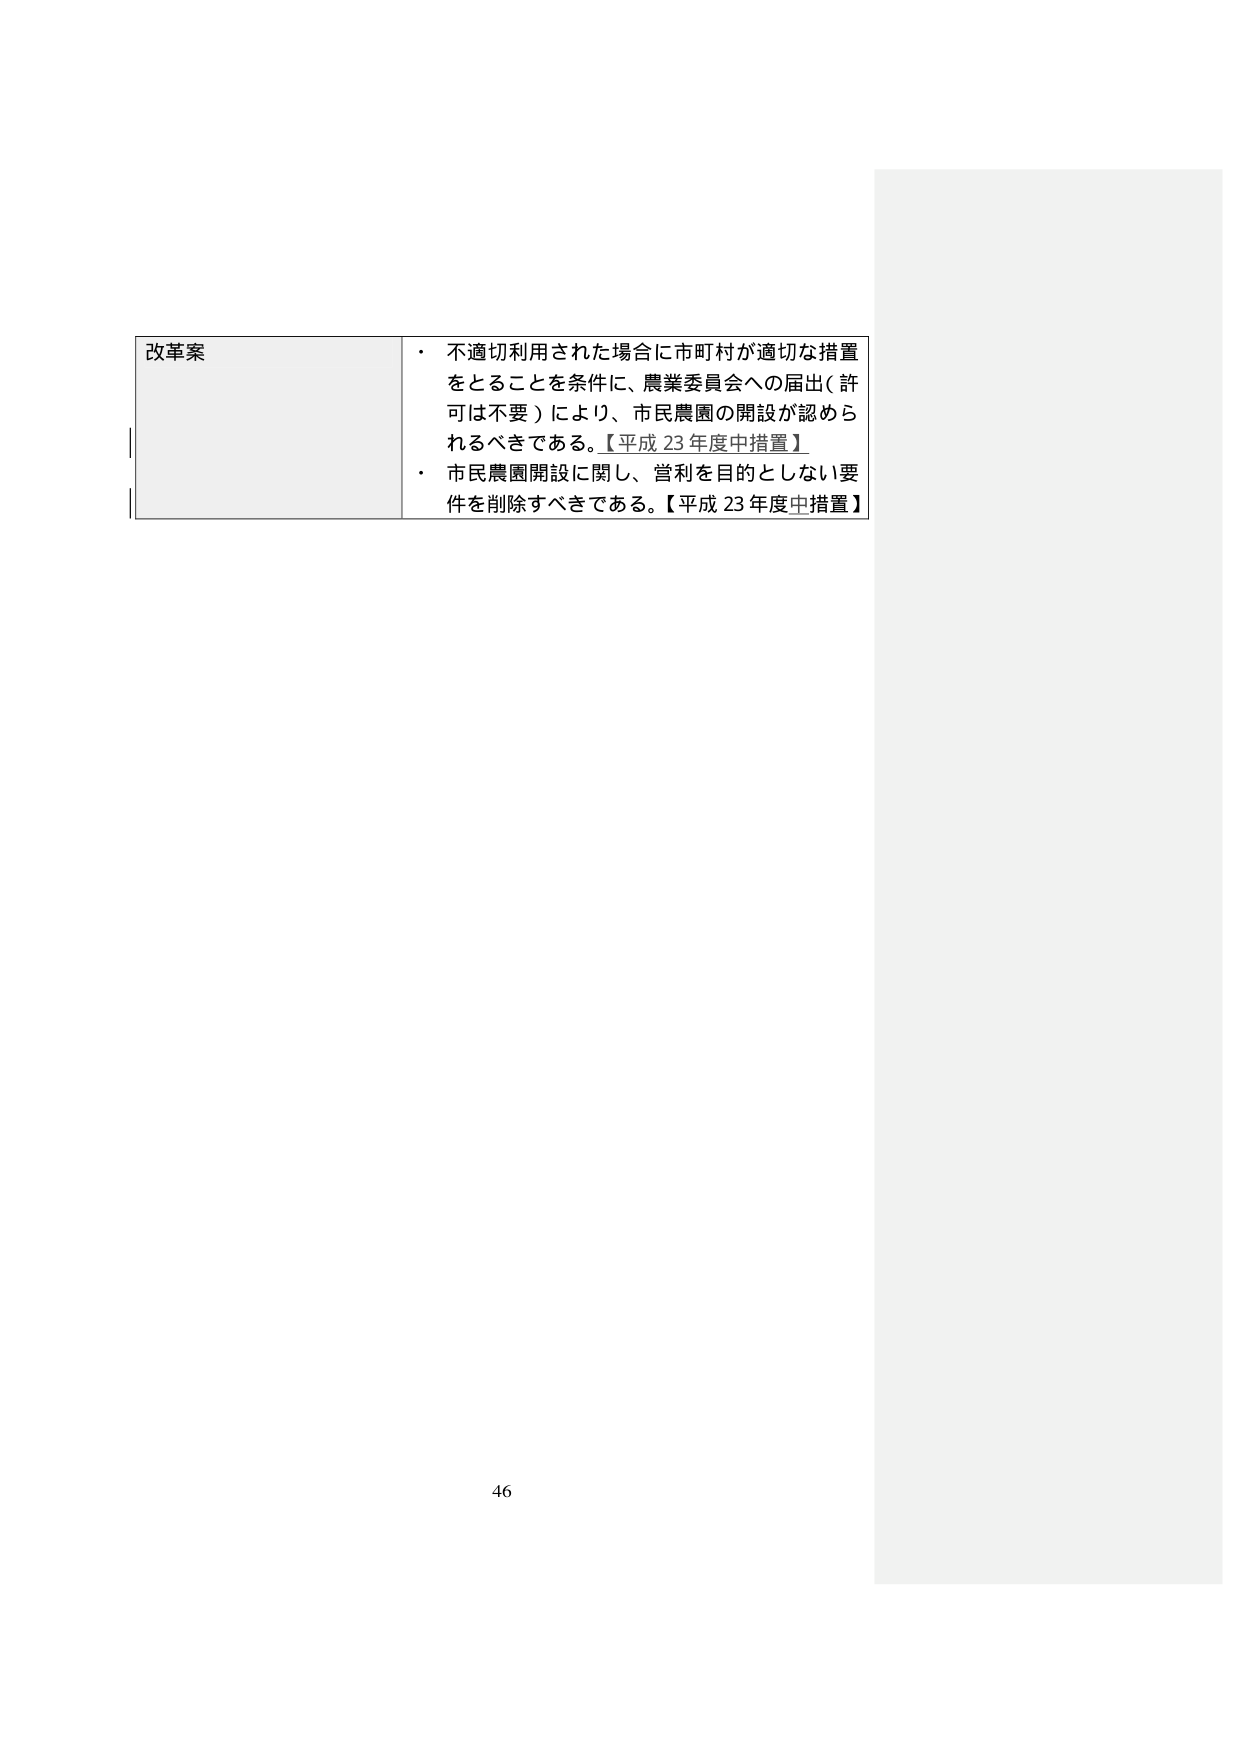
改革案
・ 不適切利用された場合に市町村が適切な措置
をとることを条件に、農業委員会への届出（許
可は不要）により、市民農園の開設が認めら
れるべきである。【平成 23 年度中措置】
・ 市民農園開設に関し、営利を目的としない要
件を削除すべきである。【平成 23 年度中措置】
46